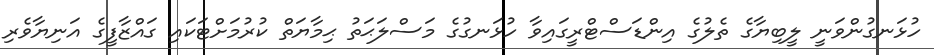
ހުޅަނގުންވަނީ ލީބިޔާގެ ތެލުގެ އިންޑަސްޓްރީގައިވާ ހުޅަނގުގެ މަސްލަޙަތު ޙިމާޔަތް ކުރުމަށްޓަކައި ގައްޒާފީގެ އަނިޔާވެރި